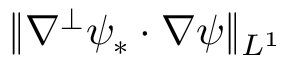
\| \nabla ^ { \perp } \psi _ { * } \cdot \nabla \psi \| _ { L ^ { 1 } }